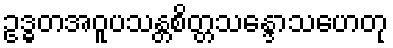
ဥဒ္ဓတအဝူပသန္တစိတ္တသန္ဒောသဟေတု